Source: Handwritten
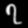
Digit: ၇ (7)